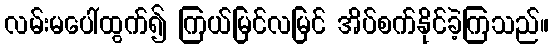
လမ်းမပေါ်ထွက်၍ ကြယ်မြင်လမြင် အိပ်စက်နိုင်ခဲ့ကြသည်။